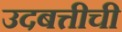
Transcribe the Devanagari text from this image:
उदबत्तीची